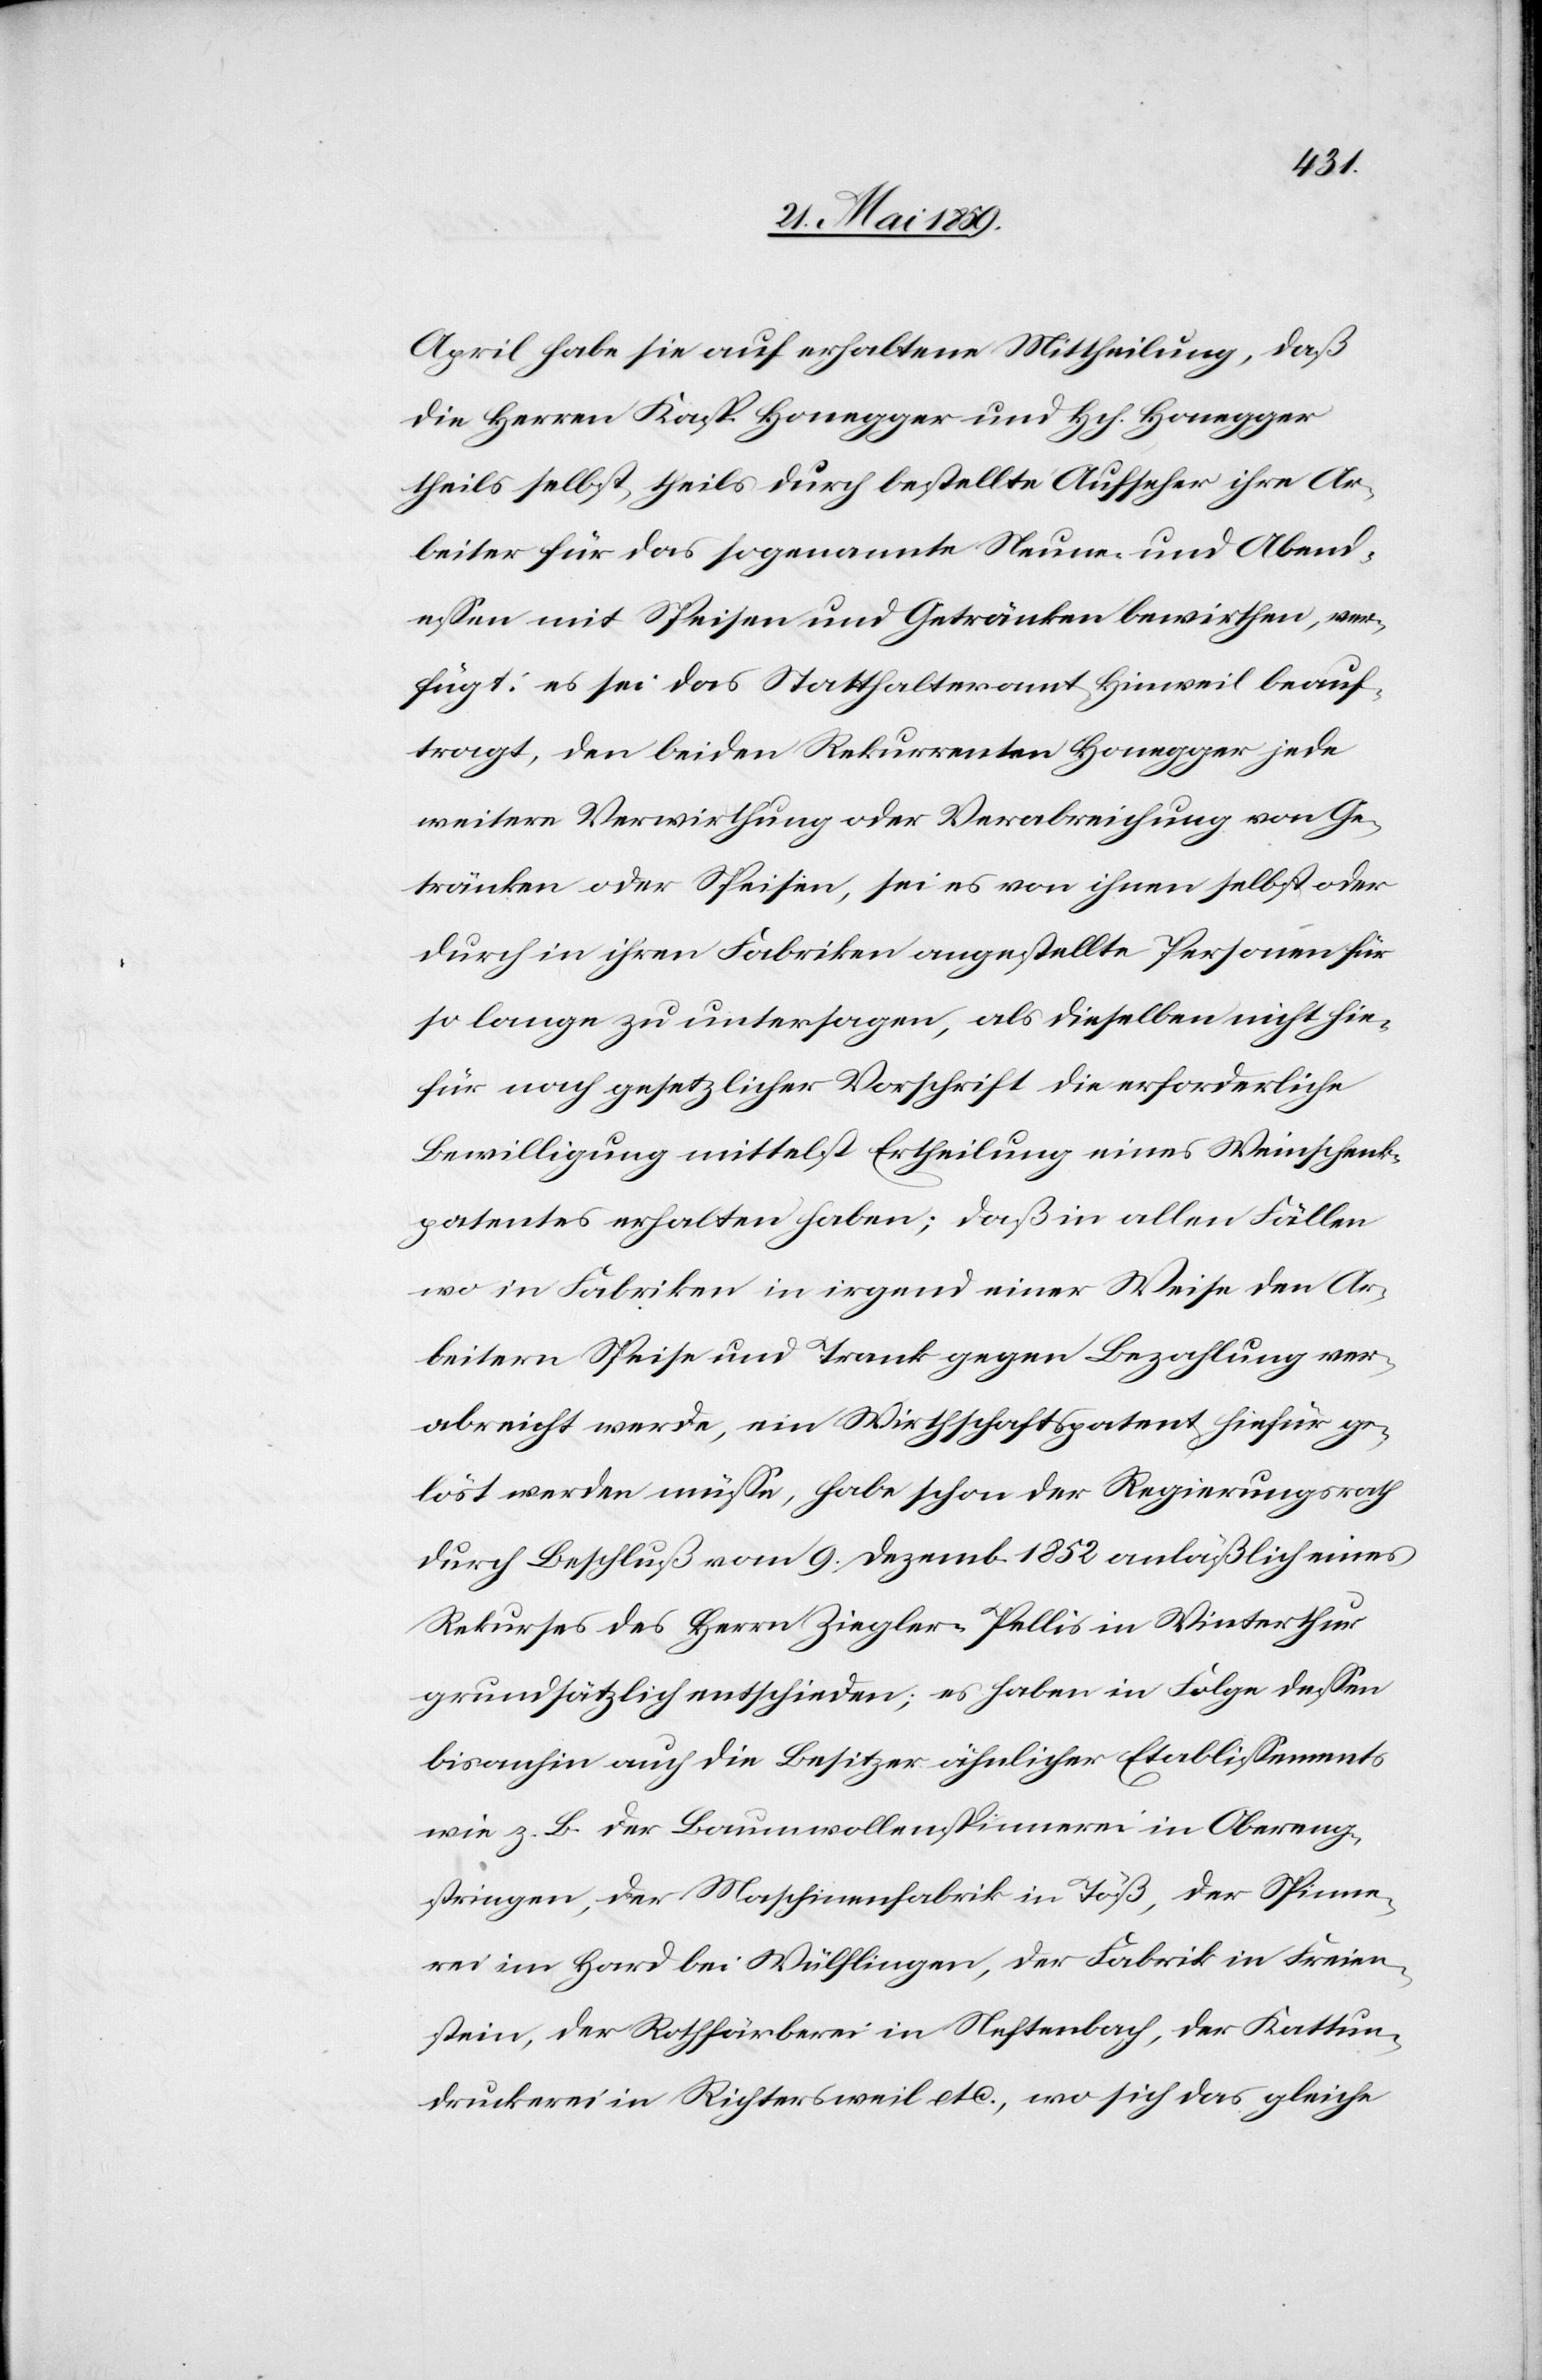
April habe sie auf erhaltene Mittheilung, daß
die Herren Kasp. Honegger und Hch. Honegger
theils selbst, theils durch bestellte Aufseher ihre Ar¬
beiter für das sogenannte Neune- und Abend¬
essen mit Speisen und Getränken bewirthen, ver¬
fügt: es sei das Statthalteramt Hinweil beauf¬
tragt, den beiden Rekurrenten Honegger jede
weitere Verwirthung oder Verabreichung von Ge¬
tränken oder Speisen, sei es von ihnen selbst oder
durch in ihren Fabriken angestellte Personen für
so lange zu untersagen, als dieselben nicht hie¬
für nach gesetzlicher Vorschrift die erforderliche
Bewilligung mittels Ertheilung eines Weinschank¬
patentes erhalten haben; daß in allen Fällen
wo in Fabriken in irgend einer Weise den Ar¬
beitern Speise und Trank gegen Bezahlung ver¬
abreicht werde, ein Wirtschaftspatent hiefür ge¬
löst werden müsse, habe schon der Regierungsrath
durch Beschluß vom 9. Dezemb. 1852 anläßlich eines
Rekurses des Herrn Zieglers Pellis in Winterthur
grundsätzlich entschieden; es haben in Folge dessen
bisanhin auch die Besitzer ähnlicher Etablissemments
wie z. b. der Baumwollenspinnerei in Obereng¬
stringen, der Maschinenfabrik in Töß, der Spinne¬
rei im Hard bei Wülflingen, der Fabrik in Freien¬
stein, der Rothfärberei in Neftenbach, der Kattun¬
druckerei in Richtersweil etc., wo sich das gleiche